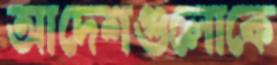
আদেশগুলোকে